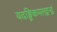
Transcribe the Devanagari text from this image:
यदङ्घ्रिकमलद्वन्द्वं